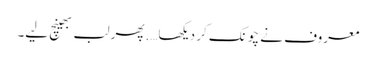
معروف نے چونک کر دیکھا….پھر لب بھینچ لیے۔